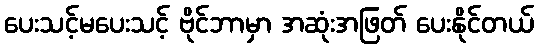
ပေးသင့်မပေးသင့် ဗိုင်ဘာမှာ အဆုံးအဖြတ် ပေးနိုင်တယ်